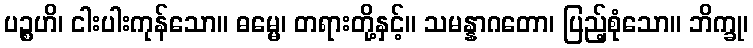
ပဉ္စဟိ၊ ငါးပါးကုန်သော။ ဓမ္မေ၊ တရားတို့နှင့်။ သမန္နာဂတော၊ ပြည့်စုံသော။ ဘိက္ခု၊